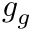
g _ { g }